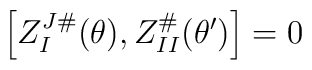
\left[ Z_{I}^{J\#}(\theta ),Z_{II}^{\#}(\theta ^{\prime })\right] =0